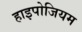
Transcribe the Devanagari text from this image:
हाइपोजियम